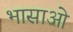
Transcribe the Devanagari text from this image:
भासाओ